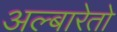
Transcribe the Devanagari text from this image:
अल्बारेतो